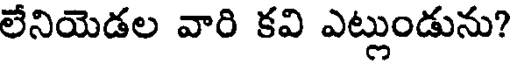
లేనియెడల వారి కవి ఎట్లుండును?